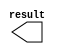
// megafunction wizard: %LPM_CONSTANT%VBB%
// GENERATION: STANDARD
// VERSION: WM1.0
// MODULE: LPM_CONSTANT 

// ============================================================
// Megafunction Name(s):
// 			LPM_CONSTANT
//
// Simulation Library Files(s):
// 			lpm
// ============================================================
// ************************************************************
// THIS IS A WIZARD-GENERATED FILE. DO NOT EDIT THIS FILE!
//
// 13.0.1 Build 232 06/12/2013 SP 1 SJ Full Version
// ************************************************************

//Copyright (C) 1991-2013 Altera Corporation
//Your use of Altera Corporation's design tools, logic functions 
//and other software and tools, and its AMPP partner logic 
//functions, and any output files from any of the foregoing 
//(including device programming or simulation files), and any 
//associated documentation or information are expressly subject 
//to the terms and conditions of the Altera Program License 
//Subscription Agreement, Altera MegaCore Function License 
//Agreement, or other applicable license agreement, including, 
//without limitation, that your use is for the sole purpose of 
//programming logic devices manufactured by Altera and sold by 
//Altera or its authorized distributors.  Please refer to the 
//applicable agreement for further details.

module lpm_constant6 (
	result);

	output	[19:0]  result;

endmodule

// ============================================================
// CNX file retrieval info
// ============================================================
// Retrieval info: PRIVATE: INTENDED_DEVICE_FAMILY STRING "Cyclone III"
// Retrieval info: PRIVATE: JTAG_ENABLED NUMERIC "0"
// Retrieval info: PRIVATE: JTAG_ID STRING "NONE"
// Retrieval info: PRIVATE: Radix NUMERIC "10"
// Retrieval info: PRIVATE: SYNTH_WRAPPER_GEN_POSTFIX STRING "0"
// Retrieval info: PRIVATE: Value NUMERIC "80000"
// Retrieval info: PRIVATE: nBit NUMERIC "20"
// Retrieval info: PRIVATE: new_diagram STRING "1"
// Retrieval info: LIBRARY: lpm lpm.lpm_components.all
// Retrieval info: CONSTANT: LPM_CVALUE NUMERIC "80000"
// Retrieval info: CONSTANT: LPM_HINT STRING "ENABLE_RUNTIME_MOD=NO"
// Retrieval info: CONSTANT: LPM_TYPE STRING "LPM_CONSTANT"
// Retrieval info: CONSTANT: LPM_WIDTH NUMERIC "20"
// Retrieval info: USED_PORT: result 0 0 20 0 OUTPUT NODEFVAL "result[19..0]"
// Retrieval info: CONNECT: result 0 0 20 0 @result 0 0 20 0
// Retrieval info: GEN_FILE: TYPE_NORMAL lpm_constant6.v TRUE
// Retrieval info: GEN_FILE: TYPE_NORMAL lpm_constant6.inc FALSE
// Retrieval info: GEN_FILE: TYPE_NORMAL lpm_constant6.cmp FALSE
// Retrieval info: GEN_FILE: TYPE_NORMAL lpm_constant6.bsf TRUE FALSE
// Retrieval info: GEN_FILE: TYPE_NORMAL lpm_constant6_inst.v FALSE
// Retrieval info: GEN_FILE: TYPE_NORMAL lpm_constant6_bb.v TRUE
// Retrieval info: LIB_FILE: lpm